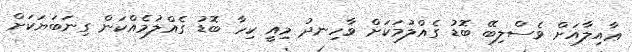
ޢާއިލާއަށް ވެސްލިބޭ ބޮޑު ގެއްލުމަކަށް ވާހިނދު މިއީ ކިހާ ބޮޑު ގެއްލުމެއްކަން ގިނަބަޔަކަށް